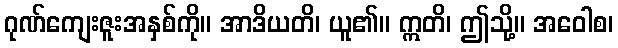
ဂုဏ်ကျေးဇူးအနှစ်ကို။ အာဒိယတိ၊ ယူ၏။ ဣတိ၊ ဤသို့။ အဝေါစ၊